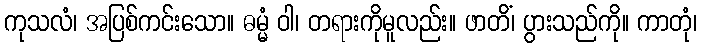
ကုသလံ၊ အပြစ်ကင်းသော။ ဓမ္မံ ဝါ၊ တရားကိုမူလည်း။ ဖာတိံ၊ ပွားသည်ကို။ ကာတုံ၊